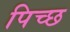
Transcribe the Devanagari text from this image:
पिच्छ